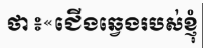
ថា ៖«ជើងឆ្វេងរបស់ខ្ញុំ